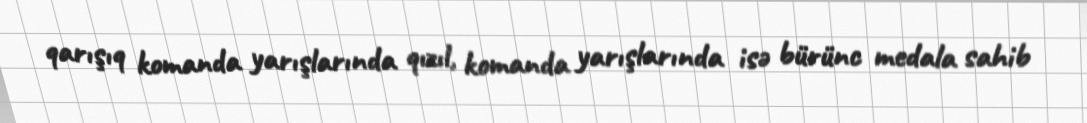
qarışıq komanda yarışlarında qızıl, komanda yarışlarında isə bürünc medala sahib